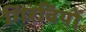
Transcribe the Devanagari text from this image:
गिरवियों